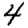
Digit: 4